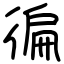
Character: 徧